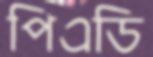
পিএডি